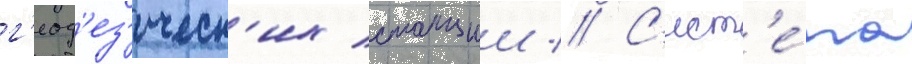
г'еод'ез'ическ'их станции // С'ист'е́ма